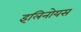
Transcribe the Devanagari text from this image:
इलिनोयस